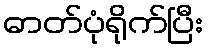
ဓာတ်ပုံရိုက်ပြီး